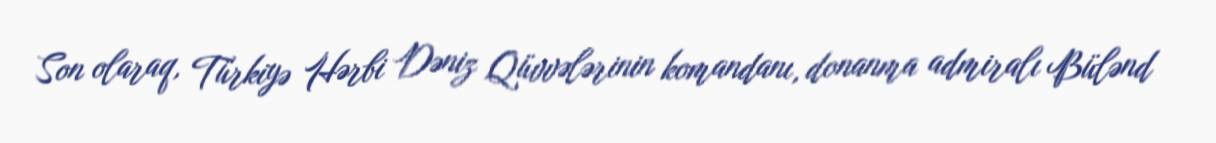
Son olaraq, Türkiyə Hərbi Dəniz Qüvvələrinin komandanı, donanma admiralı Bülənd